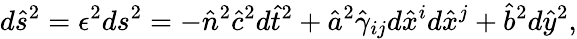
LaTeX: d\hat{s}^{2}=\epsilon^{2}ds^{2}=-\hat{n}^{2}\hat{c}^{2}d\hat{t}^{2}+\hat{a}^{2}\hat{\gamma}_{ij}d\hat{x}^{i}d\hat{x}^{j}+\hat{b}^{2}d\hat{y}^{2},